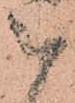
被